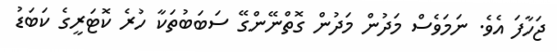
ޖަހާފަ އެވެ. ނަމަވެސް މަދުން މަދުން ގޮތްނޭންގޭ ސަބަބުތަކާ ހުރެ ކޮޓަރީގެ ކަބަޑު